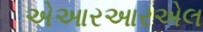
એઆરઆરએલ